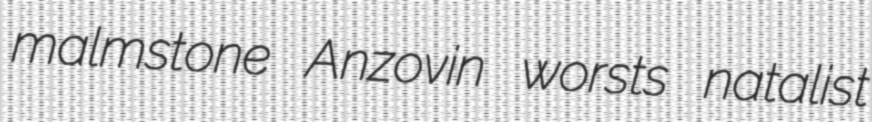
malmstone Anzovin worsts natalist